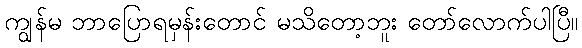
ကျွန်မ ဘာပြောရမှန်းတောင် မသိတော့ဘူး တော်လောက်ပါပြီ။